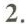
2.